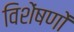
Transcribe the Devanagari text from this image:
विशेंषणों